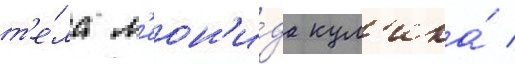
т'е́ла л'еон'и́да кул'ика́ /